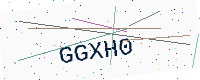
Text: GGXH0